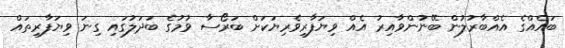
ބައެއްގެ އެއްބާރުލުން ބޭނުންވާއިރު އެއް ވިޔަފާރިވެރިޔަކަށް ބަރޯސާ ވުމުގެ ބަދަލުގައި ގިނަ ވިޔަފާރިތައް